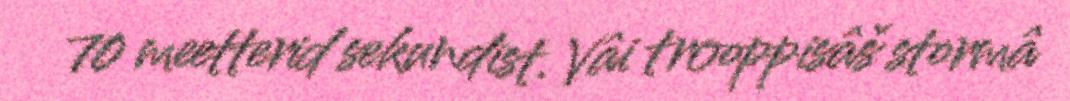
70 meetterid sekundist. Vâi trooppisâš stormâ